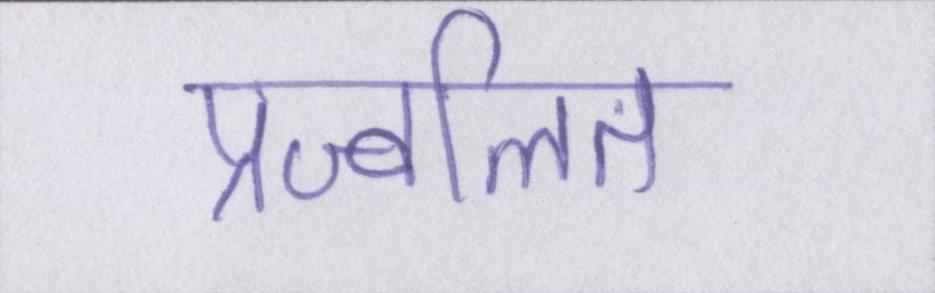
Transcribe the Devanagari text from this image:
प्रज्वलित